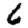
Digit: 6